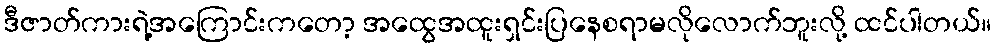
ဒီဇာတ်ကားရဲ့အကြောင်းကတော့ အထွေအထူးရှင်းပြနေစရာမလိုလောက်ဘူးလို့ ထင်ပါတယ်။